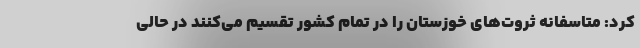
کرد: متاسفانه ثروت‌های خوزستان را در تمام کشور تقسیم می‌کنند در حالی